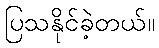
ပြသနိုင်ခဲ့တယ်။